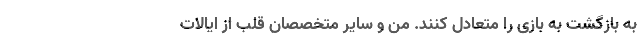
به بازگشت به بازی را متعادل کنند. من و سایر متخصصان قلب از ایالات